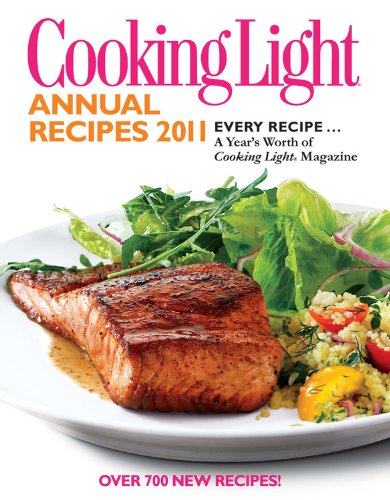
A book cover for Cooking Light Annual Recipes 2011: Every Recipe...A Year's Worth of Cooking Light Magazine; Editors of Cooking Light Magazine; Cookbooks, Food & Wine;